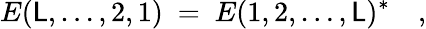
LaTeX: E(\mathsf{L},\ldots,2,1)\ =\ E(1,2,\ldots,\mathsf{L})^{*}\quad,